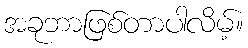
အခုဘာဖြစ်တာပါလိမ့်။